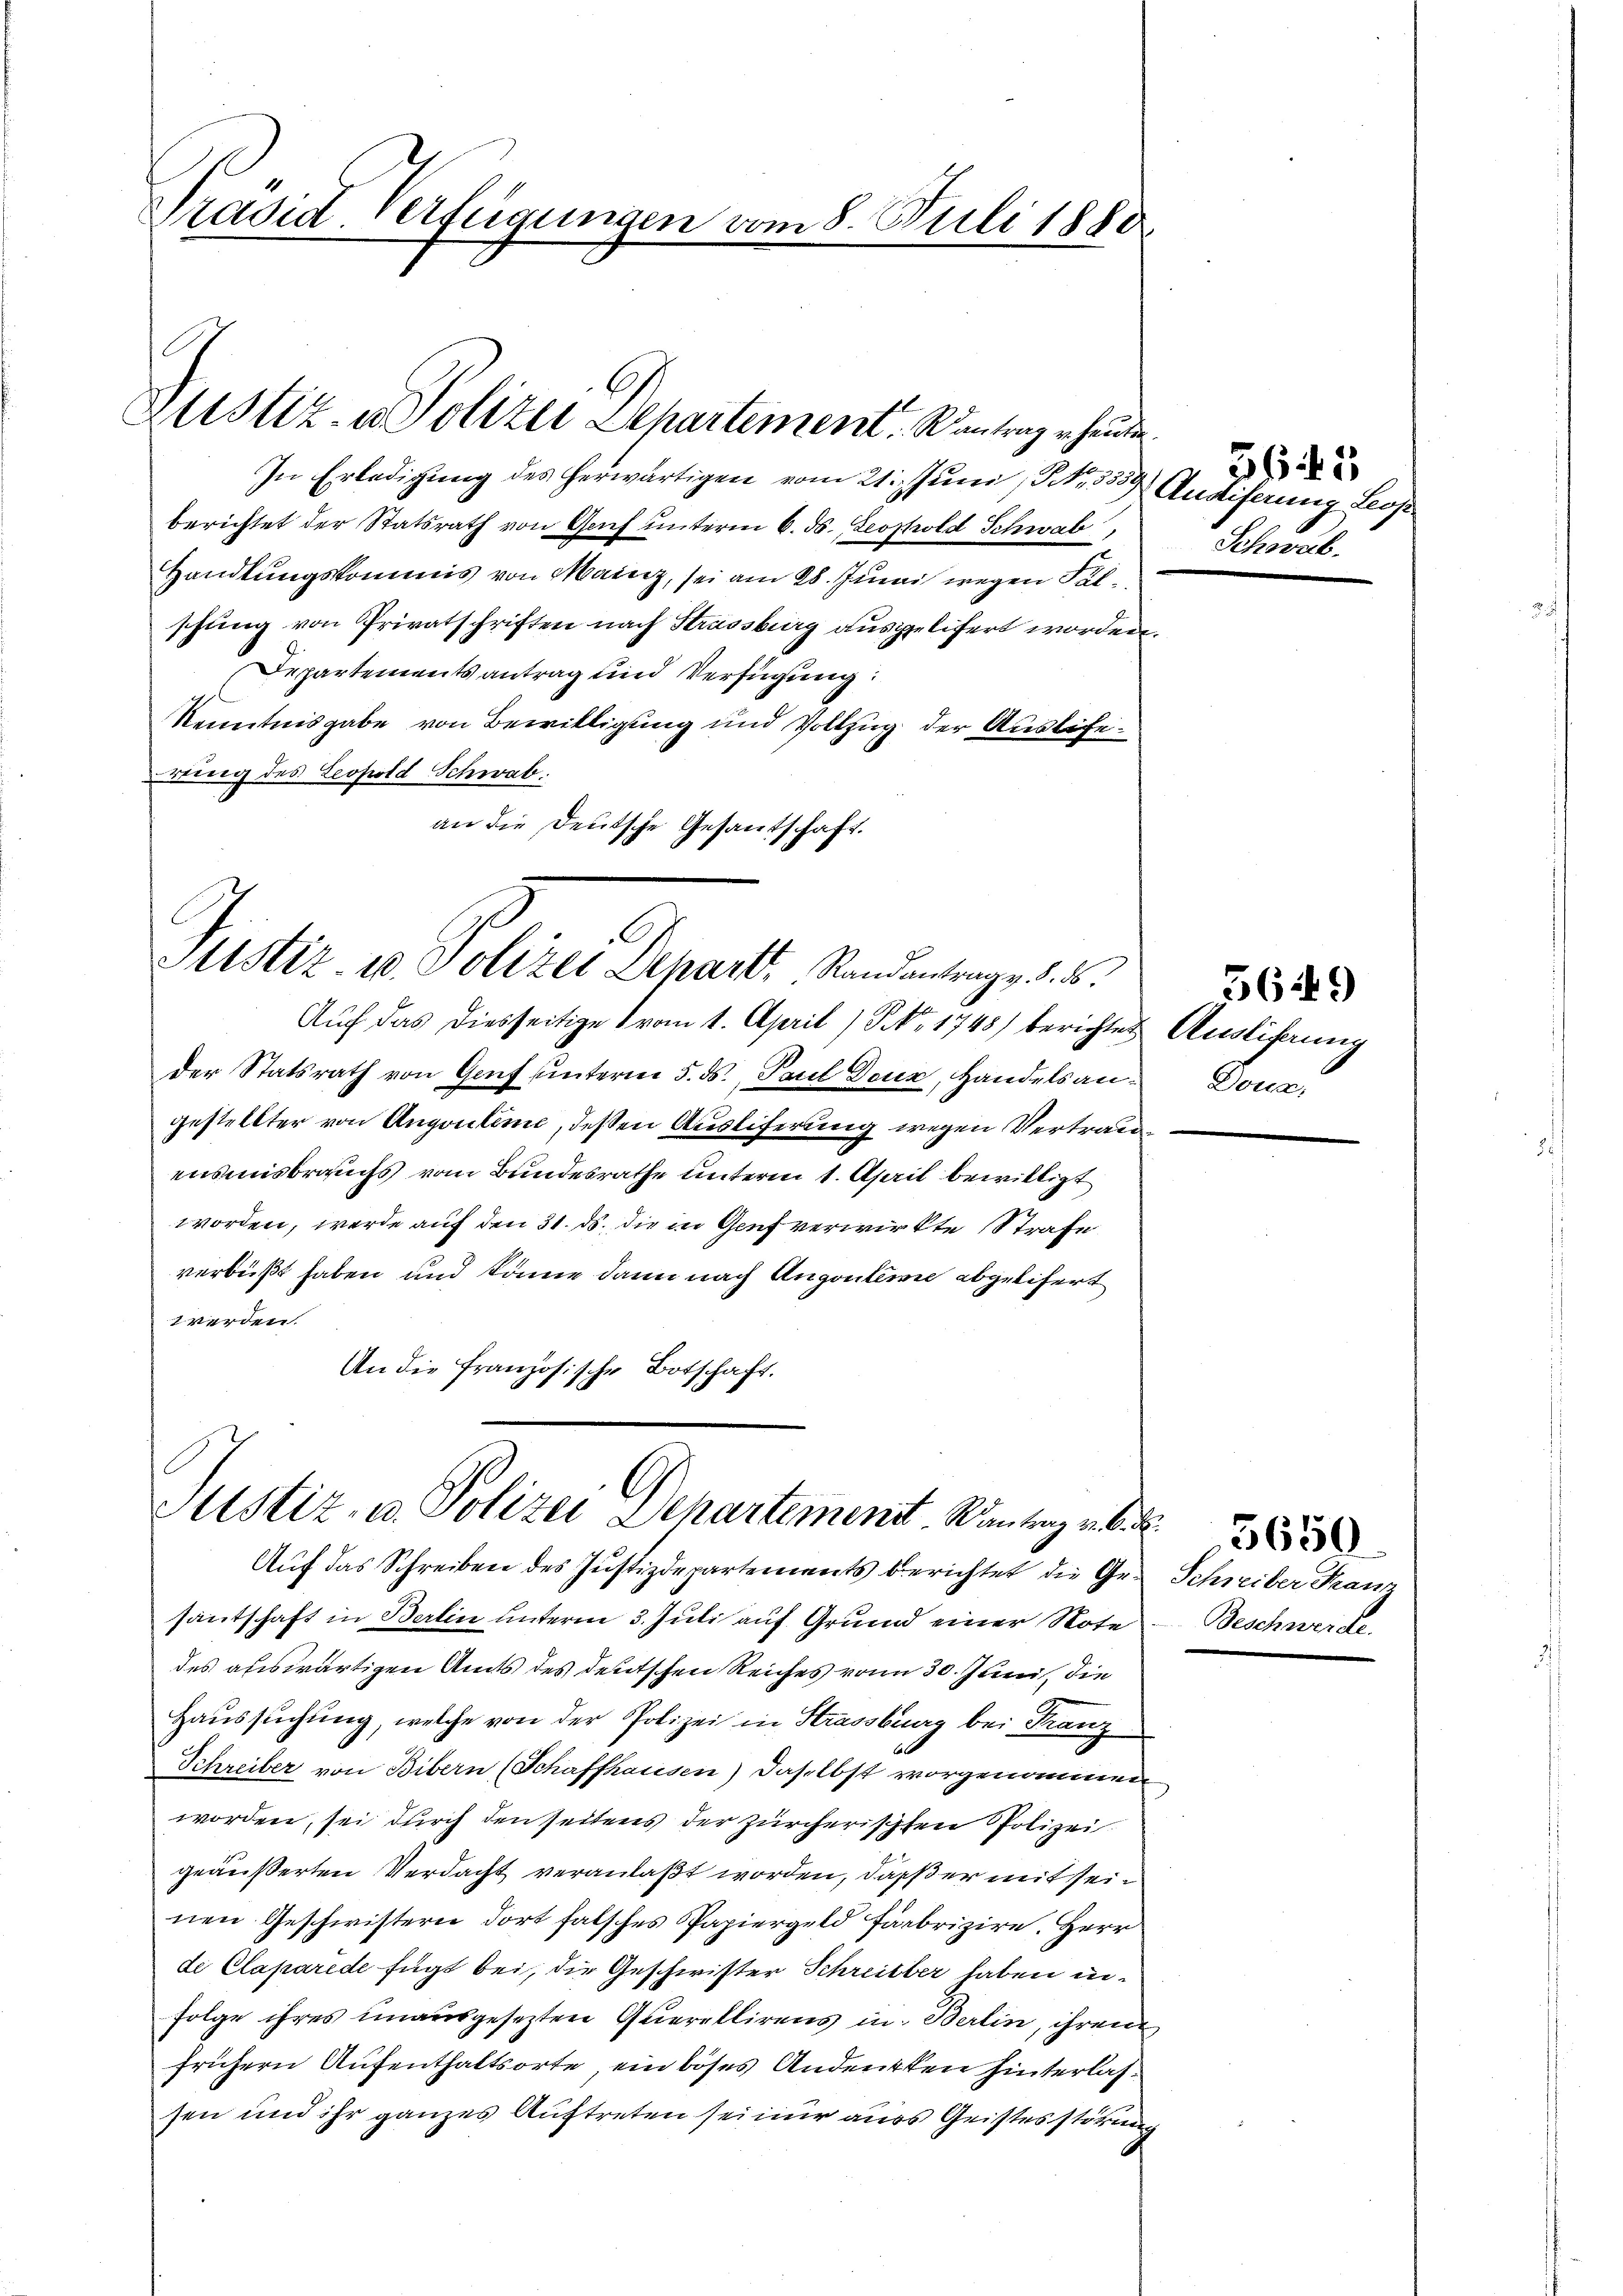
Präsid. Verfügungen vom 8. Juli 1880

Justiz- u. Polizei Departement. Wantrag er heuten.

In Erledigung des herwärtigen vom 21. Juni / No. 359 Auditerung Leop
berichtet der Statsrath von Genf unterm 6. d. Leopold Schwab
Handlungskommis von Mainz, sei am 28. Juni wegen Falschung von Privatschriften nach Strassburg ausgelifert worden.
Departements antrag und Verfügung:
Kenntnisgabe von Bewilligung und Vollzug der Ausliewing des Leopold Schwab
an die Deutsche Gesantschaft.

C
Justiz- u. Polizei Depart Randantrag v. d. B.

Auf das diesseitige 1 vom 1. April (S. 1748) berichtes Auslihnung
der Statsrath von Genf unterm 5. ds., Paul Deuz, Handelsan- Douc
gestellter von Angouleme, deßen Auslieferung wegen Vertrauensmisbrauchs vom Bundesrathe unterm 1. April bewilligt
worden, werde auf den 31. ds. die in Genf verwirkte Strafe
verbüßt haben und könne dann nach Angoutern abgelifert
1 werden.
An die Französische Botschaft.

Justiz- u. Polizei Departement. Santag v.

36 f. 5
Schwab.

Auf das Schreiben des Justizdepartements berichtet die Gesantschaft in Berlin unterm 3. Juli auf Grund einer Note
des auswärtigen Amts des deutschen Reiches von 30. Juni, die
Haussuchung, welche von der Polizei in Strassburg bei Franz
Schreiber von Bibern (Schaffhausen) daselbst vorgenommen
worden, sei durch den seitens der zürcherischen Polizei.
geäußerten Verdacht veranlaßt worden, daß er mit seinen Geschwistern dort falsches Papiergeld fabrizire. Herr
de Claparede fügt bei, die Geschwister Schreiber haben in¬
Folge ihres unausgesezten Querellirens in Berlin, ihren
frühern Aufenthaltsorte, ein böses Andeuten hinterlassen und ihr ganzes Auftreten sei nur auss Geistesstörung

7649

Schreiber Franz
Beschwerde.